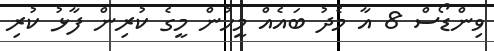
ވިންޑޯސް 8 އާ މެދު ބައެއް މީހުން މީގެ ކުރިން ފާޅު ކުރި